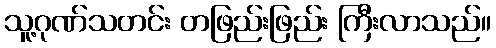
သူ့ဂုဏ်သတင်း တဖြည်းဖြည်း ကြီးလာသည်။